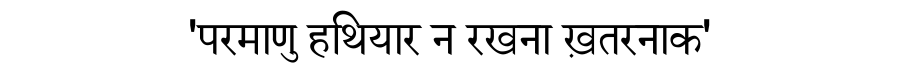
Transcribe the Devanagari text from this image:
'परमाणु हथियार न रखना ख़तरनाक'